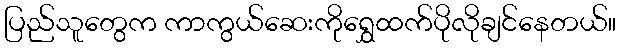
ပြည်သူတွေက ကာကွယ်ဆေးကိုရွှေထက်ပိုလိုချင်နေတယ်။